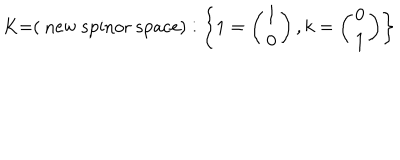
\mathrm { K = ( ~ n e w ~ s p i n o r ~ s p a c e ) } : \left\{ 1 = \left( \begin{array} { l } { { 1 } } \\ { { 0 } } \\ \end{array} \right) , k = \left( \begin{array} { l } { { 0 } } \\ { { 1 } } \\ \end{array} \right) \right\}